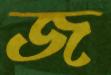
জ